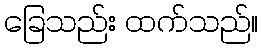
ခြေသည်း ထက်သည်။